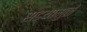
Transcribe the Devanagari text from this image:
सड्यामुळे